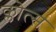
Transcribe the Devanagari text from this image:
क्लोत्स